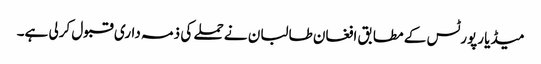
میڈیا رپورٹس کے مطابق افغان طالبان نے حملے کی ذمہ داری قبول کرلی ہے۔